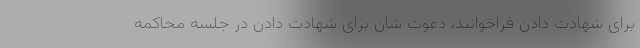
برای شهادت دادن فراخوانند، دعوت شان برای شهادت دادن در جلسه محاکمه